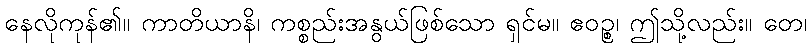
နေလိုကုန်၏။ ကာတိယာနိ၊ ကစ္စည်းအနွယ်ဖြစ်သော ရှင်မ။ ဧဝဉ္စ၊ ဤသို့လည်း။ တေ၊